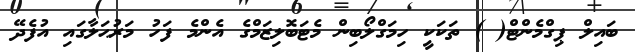
ބައިލް ޕިގްމެންޓް( ) ތަކަކީ ހިމަގްލޯބިން މެޓަބޮލިޒަމްގެ އެންމެ ފަހު މަރުޙަލާގައި އުފެދޭ